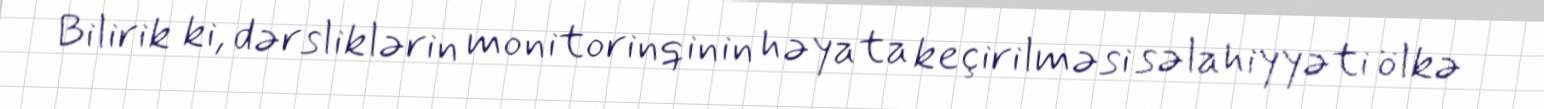
Bilirik ki, dərsliklərin monitorinqinin həyata keçirilməsi səlahiyyəti ölkə